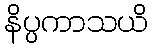
နိပ္ပကာသယိ